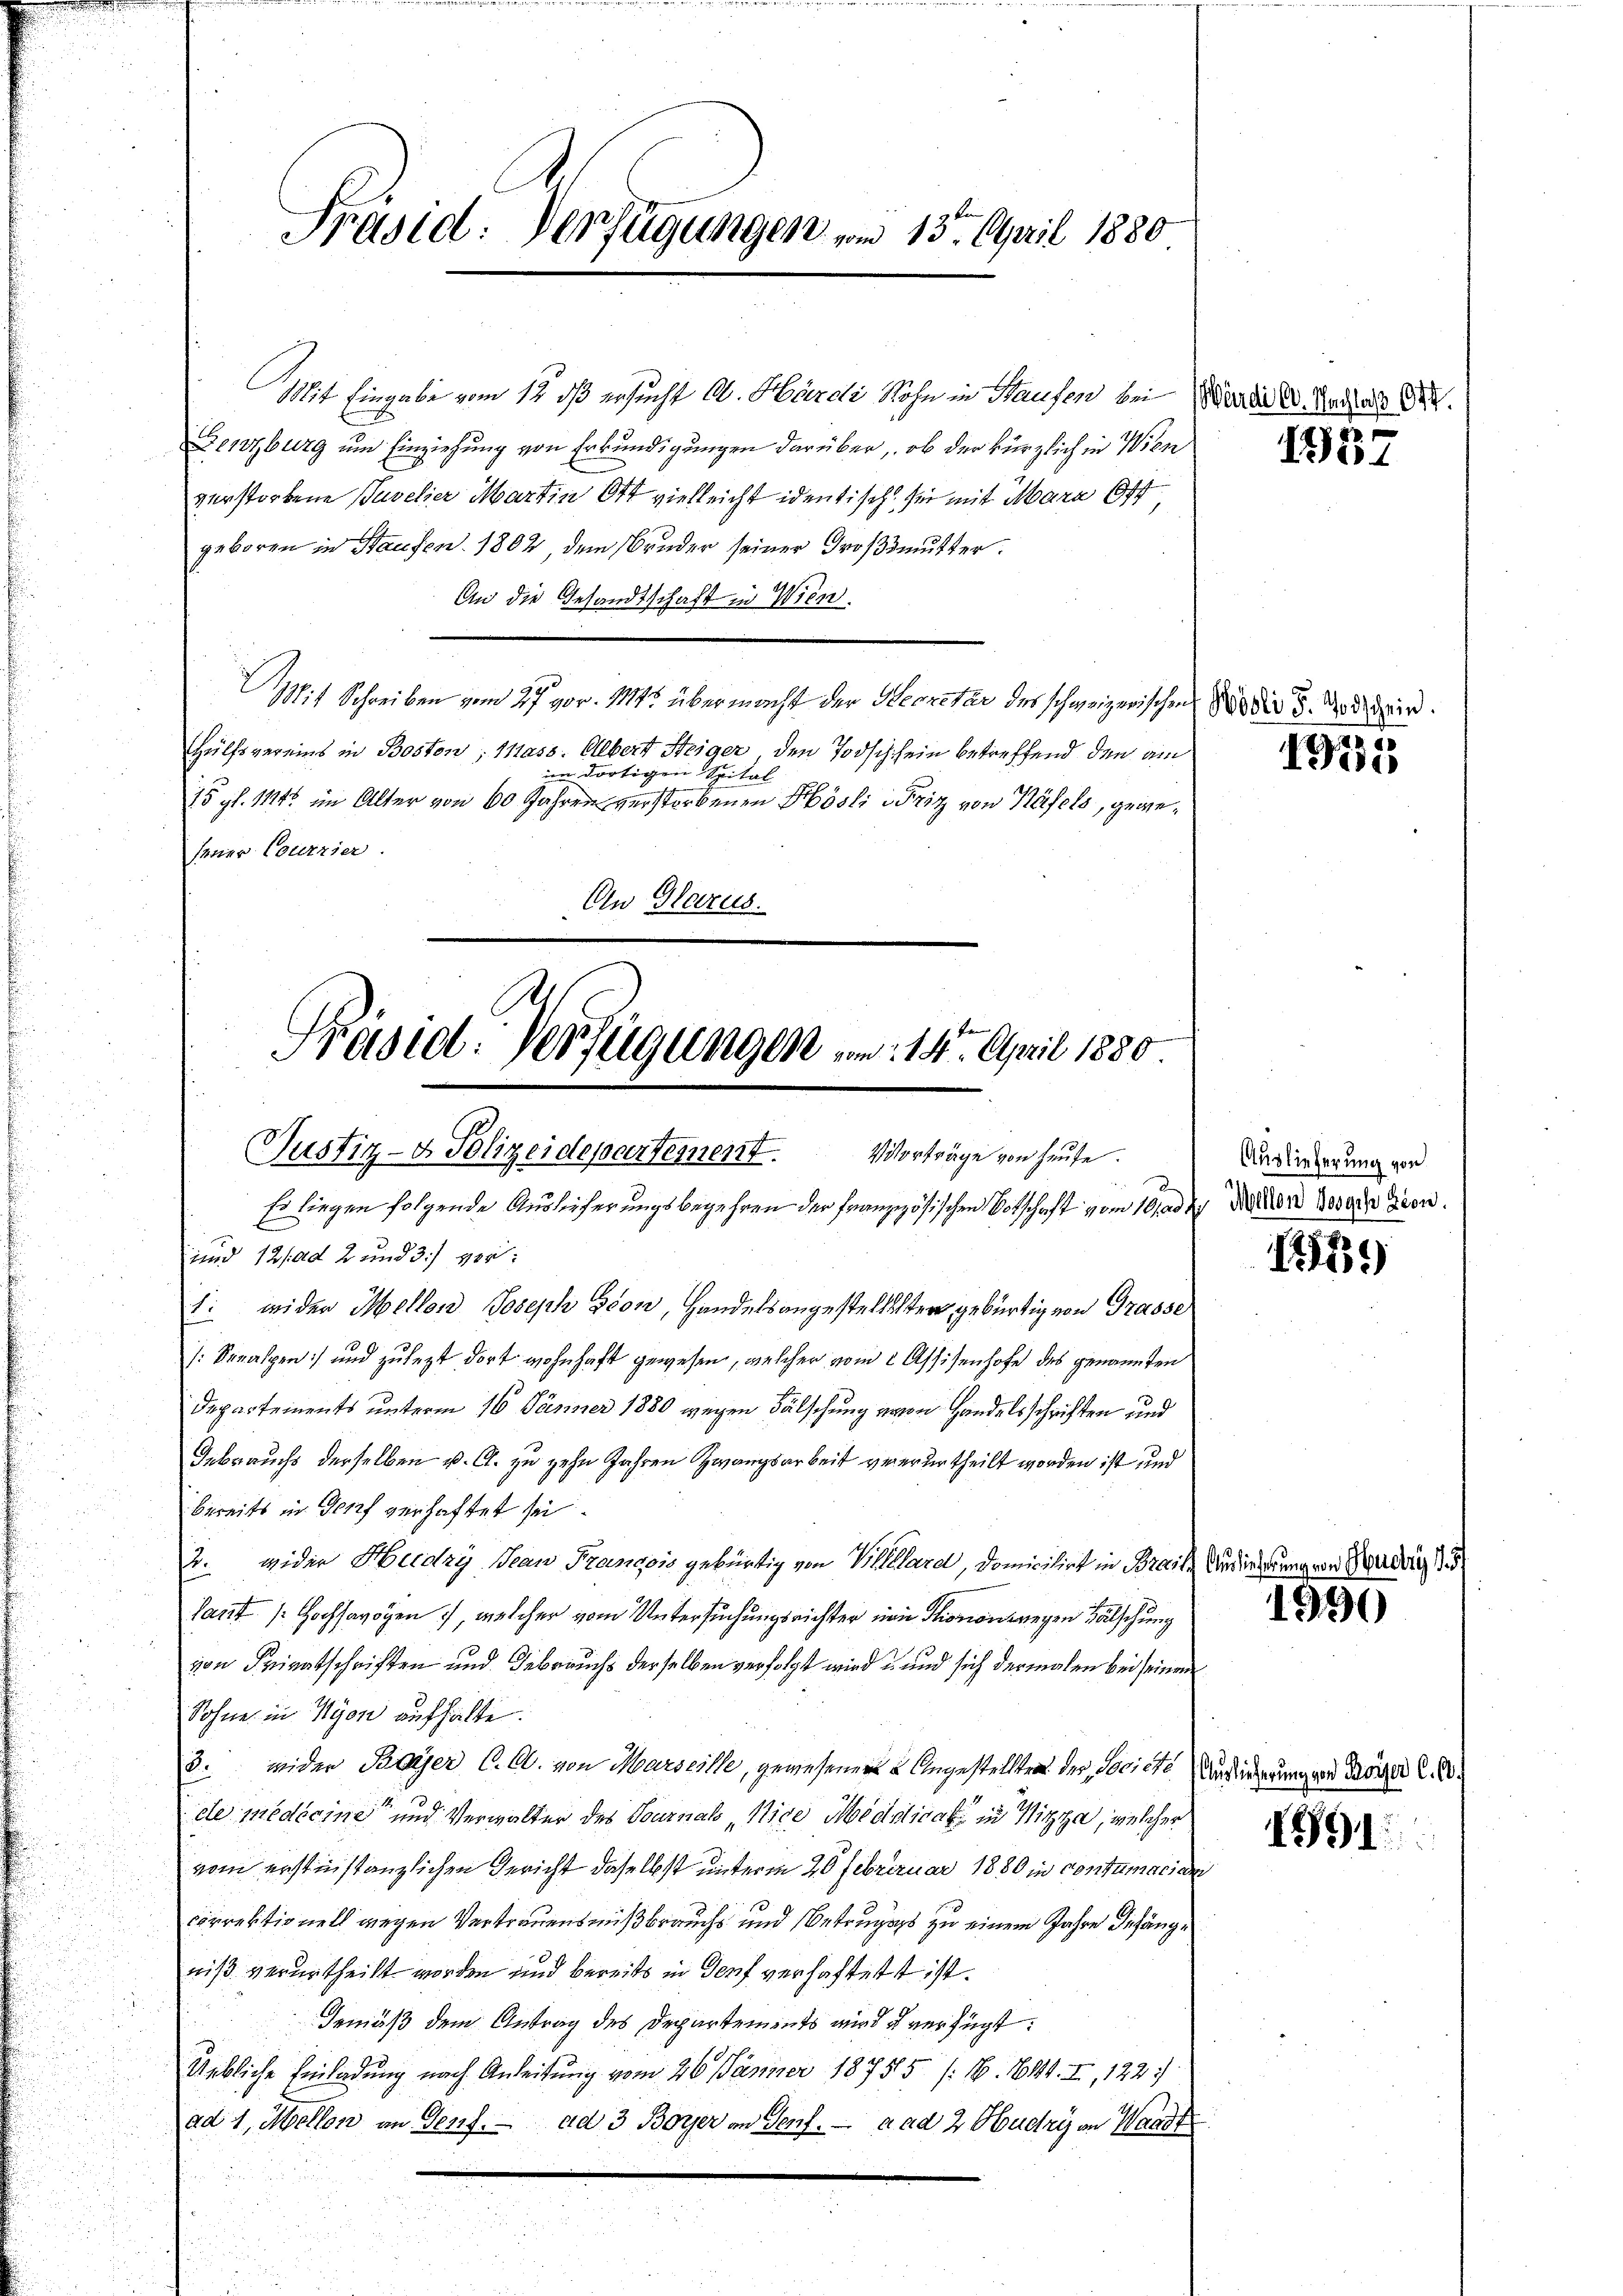
Präsid. Verfügungen vom 15. April 1880

Mit Eingabe vom 12. ds ersucht A. Hardi Sohn in Hausen bei Wandel. Nachlaß di
Zenzburg um Einziehung von Erkundigungen darüber, ob der kürzlich in Wien
verstorbene Tavelier Martin Ott vielleicht identisch sei mit Mara ist
geboren in Staufen. 1802, dem Bruder seiner Großmutter.
An die Gesandtschaft in Wien.
Mit Schreiben vom 27. vor. Mts. übermacht der Secretär des schweizerischen Wadia u. oder
Hülfsvereins in Bosten; Mass. Albert Steiger den Todschchein betreffend den am
im dortigen Spital
15 pl. 114 im Alter von 60 Jahren verstorbenen Hösli Friz von Häfels, gewesener Courrier.
An Glarus.

Präsid. Verfügungen am 14. April 1880
Vorträge von heute.
Justiz- & Polizeidepartement.

Es liegen folgende Auslieferungsbegehren der französischen Votschaft vom 19 ad der Deser Geor
und 12. ad 2 und 3) vor:
1: wider Mellon Joseph Seon, Handelsangestelletter gebürtig von Grasse
s: Senalpen) und zulezt dort wohnhaft gewesen, welcher vom 2 Assisenhofe des genannten
Departements unterm 16. Jänner 1880 wegen Fälschung von Handelsschriften und
Iebrauchs derselben u. C. zu zehn Jahren Zwangsarbeit verurtheilt worden ist und
bereits in Genf verhaftet sei.
2. wider Heldry Jean François gebürtig von Villard, Domicilirt in Brache Audierung von Gerdar
lant Hochsavögen, welcher vom Untersuchungsrichter eine Stionen wegen Fälschung
von Privatschriften und Gebrauchs derselben verfolgt wird und sich dermalen bei seinen
Sohne in Nyon aufhalte.
3. wider Payer C. A. von Marseite, gewesener Angestellten der Societe Aushingerungen Körper C. S.
de medicine“ und Verwalter des Sournals „Nige Medical in Nizza, welcher
vom erstinstanzlichen Gericht daselbst unterm 20 Februar 1880 in contumacien
correktionell wegen Vertrauensmißbrauchs und Betruges zu einem Jahre Anfängniß verurtheilt worden und bereits in Dorf verhaftet ist.
Gemäß dem Antrag des Departements wird u verfügt:
Urkliche Einladung nach Anleitung vom 26. Jänner 18755 (N. 1191. I, 1221)
ad 1, Mellon an Genf. ad 3 Boyer an Senf. a ad 2 Hbudry an Waadt
.

1937

i
1905

Auslieferung von

159

1990

1891